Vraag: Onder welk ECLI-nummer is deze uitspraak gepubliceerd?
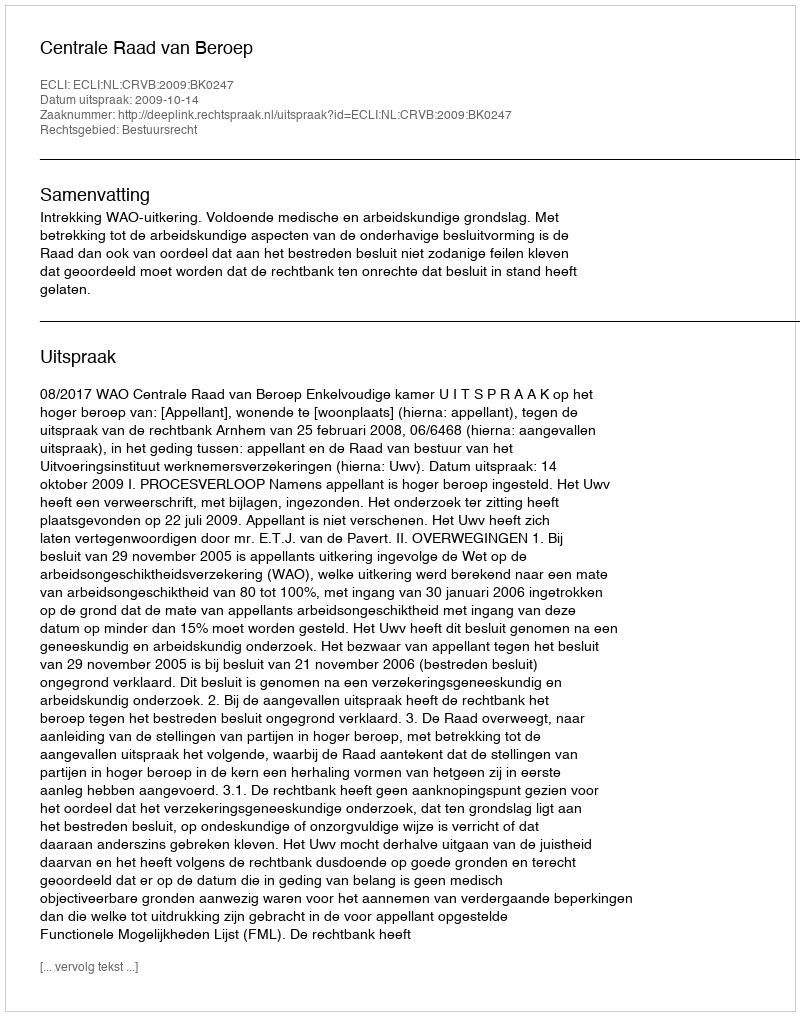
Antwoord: ECLI:NL:CRVB:2009:BK0247